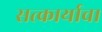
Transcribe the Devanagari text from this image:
सत्कार्याचा